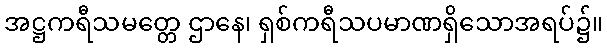
အဋ္ဌကရီသမတ္တေ ဌာနေ၊ ရှစ်ကရီသပမာဏရှိသောအရပ်၌။